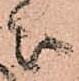
被